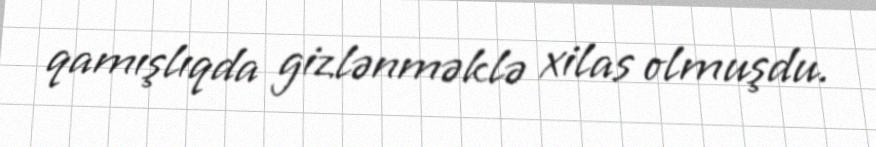
qamışlıqda gizlənməklə xilas olmuşdu.